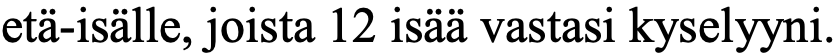
etä-isälle, joista 12 isää vastasi kyselyyni.